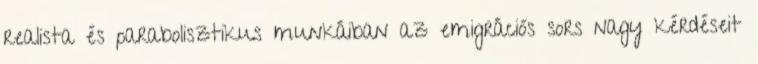
realista és parabolisztikus munkáiban az emigrációs sors nagy kérdéseit